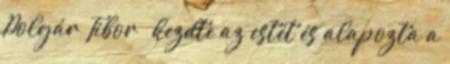
Polgár Tibor – kezdte az estét és alapozta a